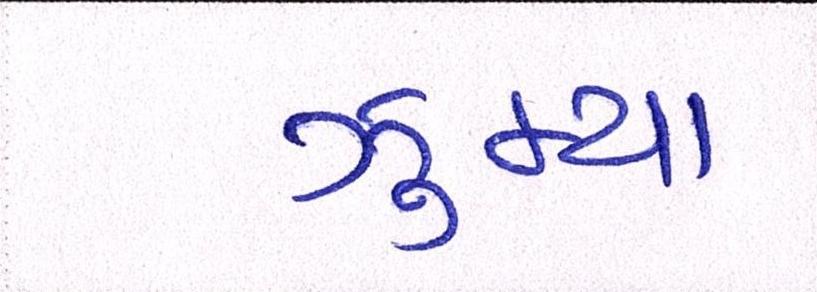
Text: ઝુમ્યા